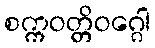
စက္ကဝတ္တိဝဂ္ဂေါ